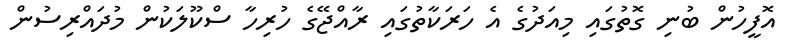
އޮފީހުން ބުނި ގޮތުގައި މިއަދުގެ އެ ހަރަކާތުގައި ރާއްޖޭގެ ހުރިހާ ސްކޫލަކުން މުދައްރިސުން